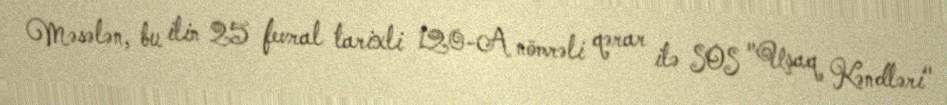
Məsələn, bu ilin 25 fevral tarixli 120-A nömrəli qərar ilə SOS "Uşaq Kəndləri"